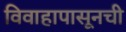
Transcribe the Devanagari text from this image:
विवाहापासूनची